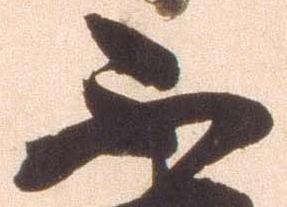
不